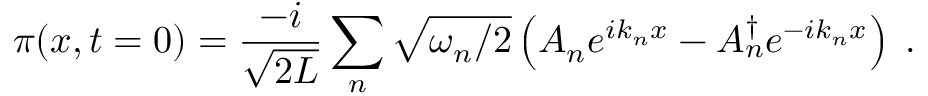
\pi ( x , t = 0 ) = \frac { - i } { \sqrt { 2 L } } \sum _ { n } \sqrt { \omega _ { n } / 2 } \left( A _ { n } e ^ { i k _ { n } x } - A _ { n } ^ { \dagger } e ^ { - i k _ { n } x } \right) \; .